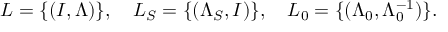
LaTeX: L = \{ ( I , \Lambda ) \} , \quad L _ { S } = \{ ( \Lambda _ { S } , I ) \} , \quad L _ { 0 } = \{ ( \Lambda _ { 0 } , \Lambda _ { 0 } ^ { - 1 } ) \} .